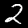
Label: 2